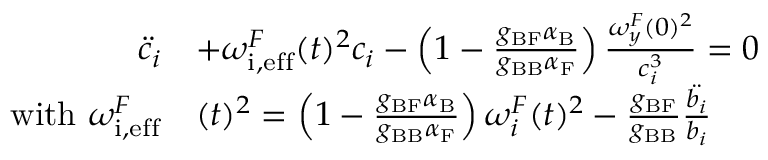
\begin{array} { r l } { \ddot { c } _ { i } } & { + { { \omega _ { \mathrm { i , e f f } } ^ { F } } } ( t ) ^ { 2 } c _ { i } - \left( 1 - \frac { g _ { \mathrm { B F } } \alpha _ { \mathrm { B } } } { g _ { \mathrm { B B } } \alpha _ { \mathrm { F } } } \right) \frac { { \omega _ { y } ^ { F } } ( 0 ) ^ { 2 } } { c _ { i } ^ { 3 } } = 0 } \\ { { \mathrm { w i t h ~ } { \omega _ { \mathrm { i , e f f } } ^ { F } } } } & { ( t ) ^ { 2 } = \left( 1 - \frac { g _ { \mathrm { B F } } \alpha _ { \mathrm { B } } } { g _ { \mathrm { B B } } \alpha _ { \mathrm { F } } } \right) { \omega _ { i } ^ { F } } ( t ) ^ { 2 } - \frac { g _ { \mathrm { B F } } } { g _ { \mathrm { B B } } } \frac { \ddot { b _ { i } } } { b _ { i } } } \end{array}